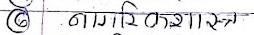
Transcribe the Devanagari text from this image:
नागरिकशास्त्र